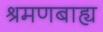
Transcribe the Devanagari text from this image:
श्रमणबाह्य